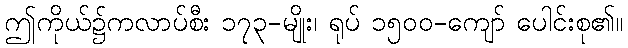
ဤကိုယ်၌ကလာပ်စီး ၁၇၃-မျိုး၊ ရုပ် ၁၅၀၀-ကျော် ပေါင်းစု၏။